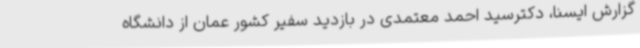
گزارش ایسنا، دکترسید احمد معتمدی در بازدید سفیر کشور عمان از دانشگاه